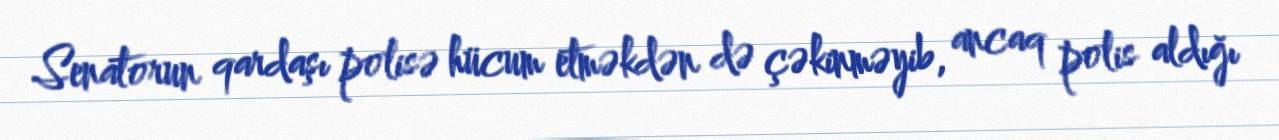
Senatorun qardaşı polisə hücum etməkdən də çəkinməyib, ancaq polis aldığı